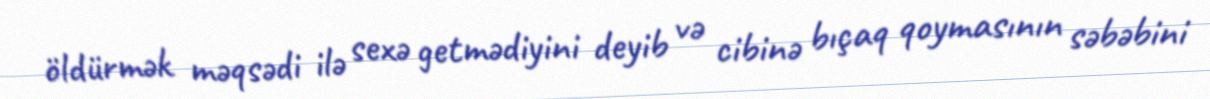
öldürmək məqsədi ilə sexə getmədiyini deyib və cibinə bıçaq qoymasının səbəbini